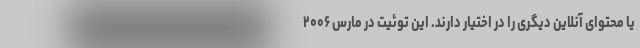
یا محتوای آنلاین دیگری را در اختیار دارند. این توئیت در مارس ۲۰۰۶